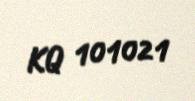
KQ 101021